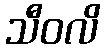
သီဝလိ